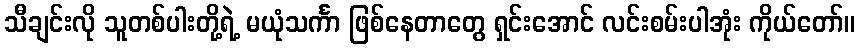
သီချင်းလို သူတစ်ပါးတို့ရဲ့ မယုံသင်္ကာ ဖြစ်နေတာတွေ ရှင်းအောင် လင်းစမ်းပါအုံး ကိုယ်တော်။